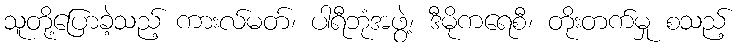
သူတို့ပြောခဲ့သည့် ကားလ်မတ်၊ ပါရီဘုံအဖွဲ့၊ ဒီမိုကရေစီ၊ တိုးတက်မှု စသည့်